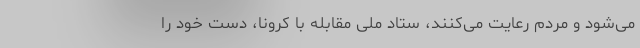
می‌شود و مردم رعایت می‌کنند، ستاد ملی مقابله با کرونا، دست خود را